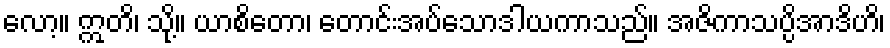
လော့။ ဣတိ၊ သို့။ ယာစိတော၊ တောင်းအပ်သောဒါယကာသည်။ အဇိကာသပ္ပိအာဒိဟိ၊